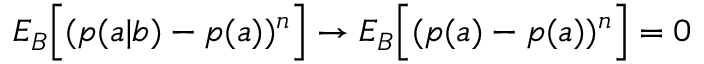
{ E } _ { B } \Big [ ( p ( a | b ) - p ( a ) ) ^ { n } \Big ] \rightarrow { E } _ { B } \Big [ ( p ( a ) - p ( a ) ) ^ { n } \Big ] = 0